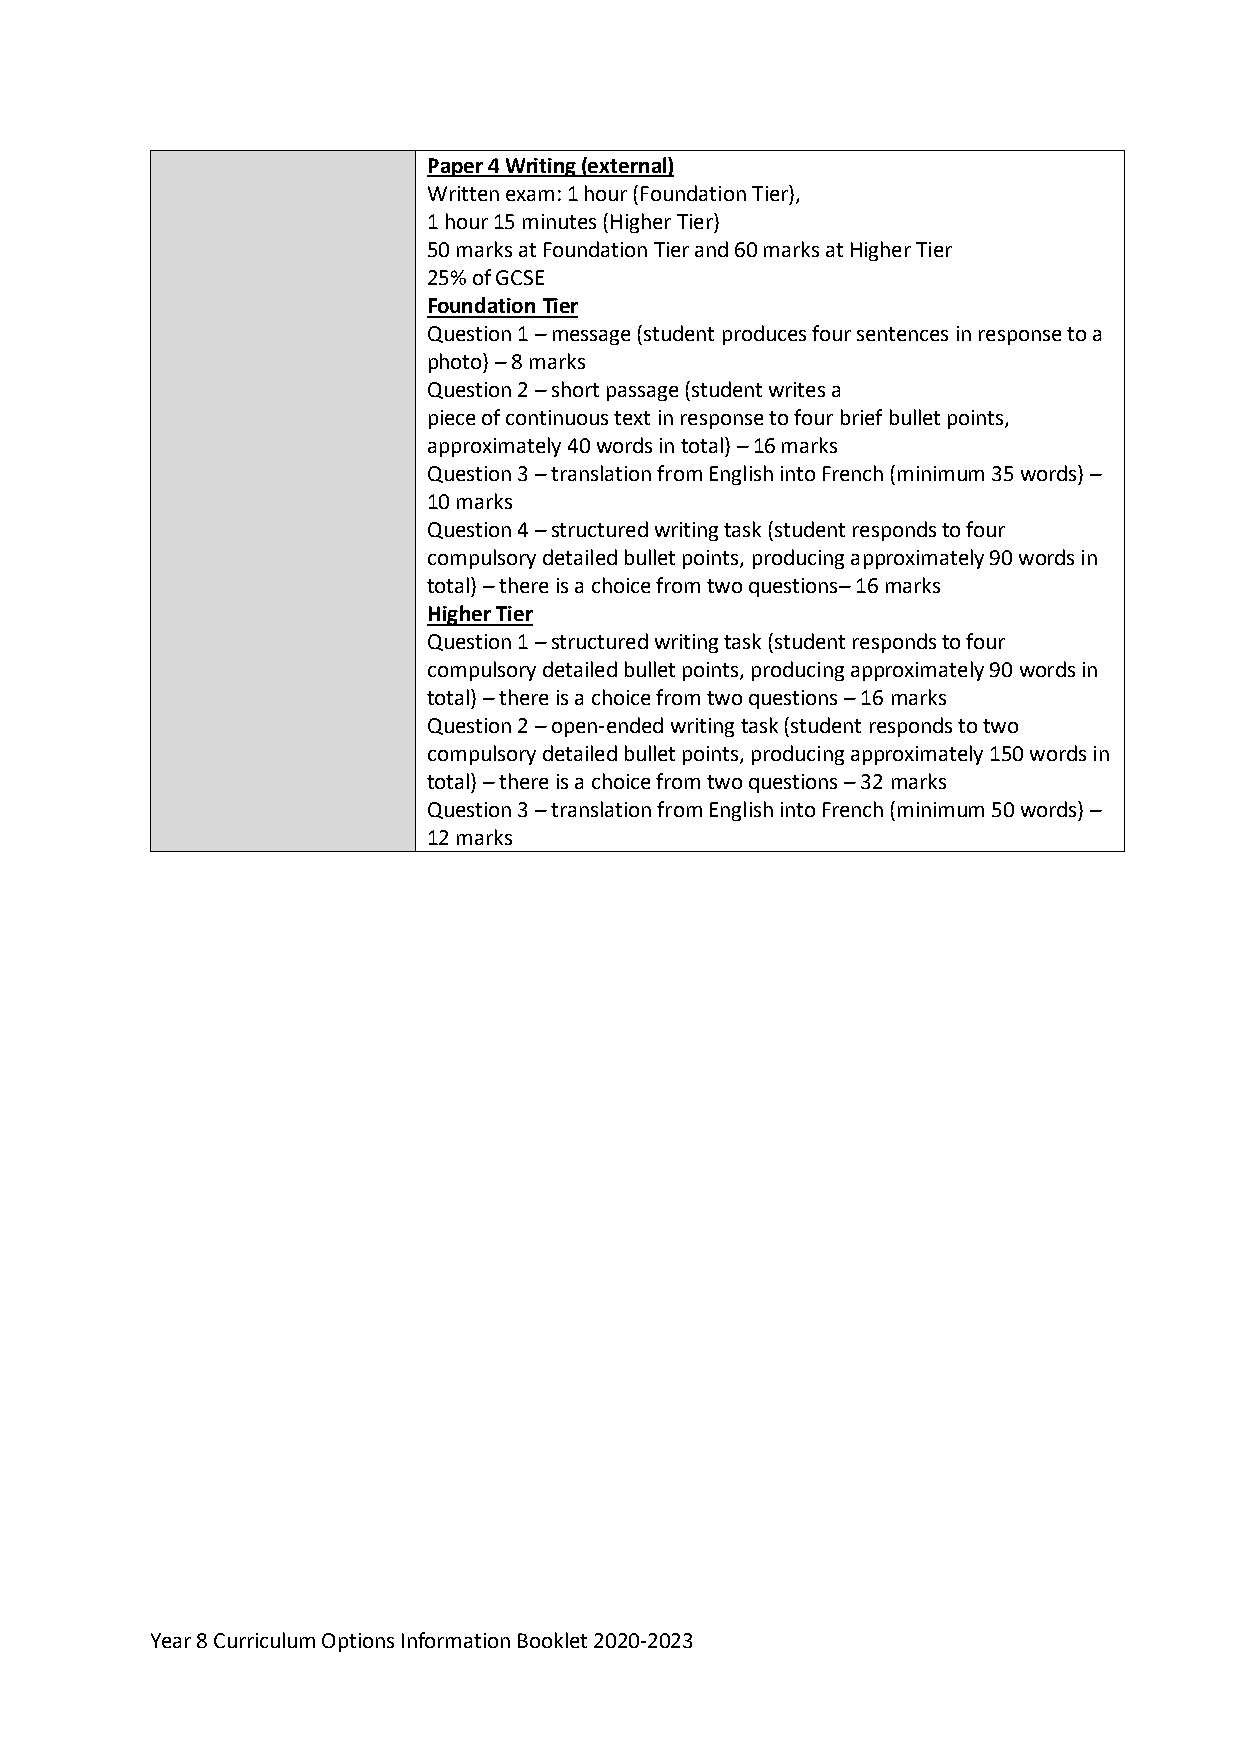
Paper 4 Writing (external)
 Written exam: 1 hour (Foundation Tier),
 1 hour 15 minutes (Higher Tier)
 50 marks at Foundation Tier and 60 marks at Higher Tier
 25% of GCSE
 Foundation Tier
 Question 1 – message (student produces four sentences in response to a
 photo) – 8 marks
 Question 2 – short passage (student writes a
 piece of continuous text in response to four brief bullet points,
 approximately 40 words in total) – 16 marks
 Question 3 – translation from English into French (minimum 35 words) –
 10 marks
 Question 4 – structured writing task (student responds to four
 compulsory detailed bullet points, producing approximately 90 words in
 total) – there is a choice from two questions– 16 marks
 Higher Tier
 Question 1 – structured writing task (student responds to four
 compulsory detailed bullet points, producing approximately 90 words in
 total) – there is a choice from two questions – 16 marks
 Question 2 – open-ended writing task (student responds to two
 compulsory detailed bullet points, producing approximately 150 words in
 total) – there is a choice from two questions – 32 marks
 Question 3 – translation from English into French (minimum 50 words) –
 12 marks
 Year 8 Curriculum Options Information Booklet 2020-2023